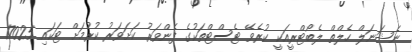
ނެޝަނަލް ހެލްތް ލެބޯޓްރީއަކީ ކުރެވޭ ޓެސްޓްތަކުގެ ފެންވަރު ކަށަވަރު ކުރުމަށް ޓަކައި 17025